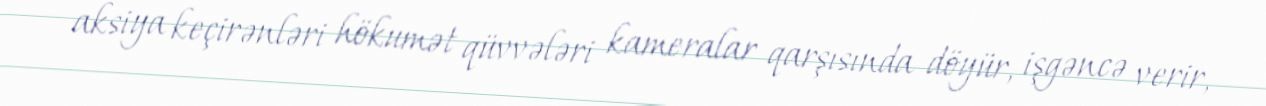
aksiya keçirənləri hökumət qüvvələri kameralar qarşısında döyür, işgəncə verir,